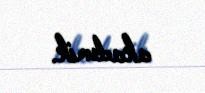
akademik.